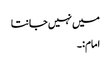
میں نہیں جانتا
امام:۔